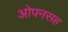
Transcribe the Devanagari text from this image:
ओपनसह